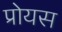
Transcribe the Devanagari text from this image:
प्रोयस